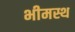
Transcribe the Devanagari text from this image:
भीमस्थ